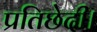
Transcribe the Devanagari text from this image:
प्रतिछेदी।